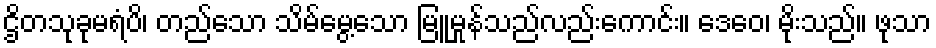
ဌိတသုခုမရံပိ၊ တည်သော သိမ်မွေ့သော မြူမှုန်သည်လည်းကောင်း။ ဒေဝေ၊ မိုးသည်။ ဖုသာ